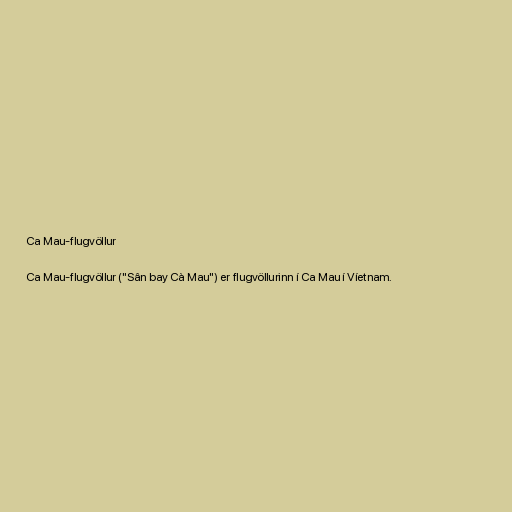
Ca Mau-flugvöllur

Ca Mau-flugvöllur ("Sân bay Cà Mau") er flugvöllurinn í Ca Mau í Víetnam.